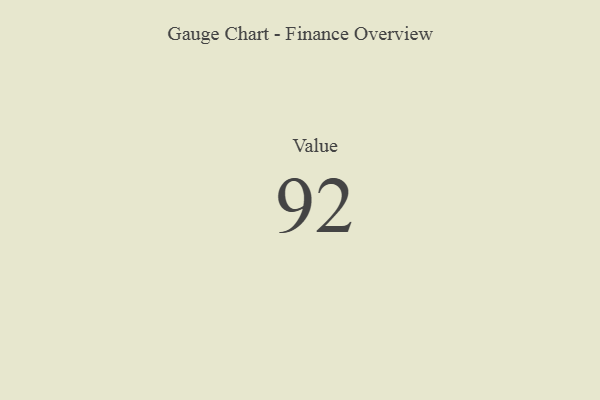
{"axis": {"x": "Metric", "y": "Value"}, "legend": [""], "data": [{"x": "Value", "y": 92, "type": ""}]}